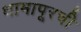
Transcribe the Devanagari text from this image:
धामापूरची